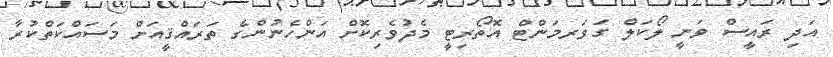
އަދި ރައީސް ވަނީ ލޯކަލް ގަވަރމަންޓް އޮތޯރިޓީ މެދުވެރިކޮށް އަންހެނުންގެ ތަރައްޤީއަށް މަސައްކަތްކުރާ